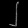
Digit: ၂